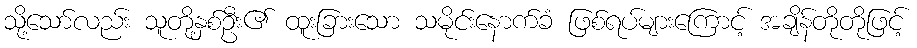
သို့သော်လည်း သူတို့နှစ်ဦး၏ ထူးခြားသော သမိုင်းနောက်ခံ ဖြစ်ရပ်များကြောင့် အချိန်တိုတိုဖြင့်